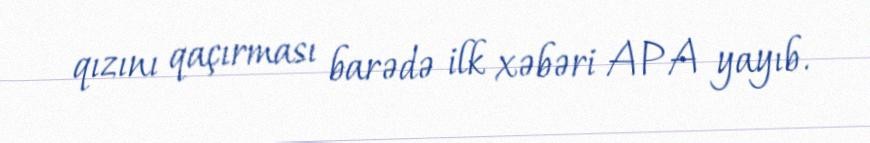
qızını qaçırması barədə ilk xəbəri APA yayıb.